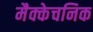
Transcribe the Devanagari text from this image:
मैक्केचनिक